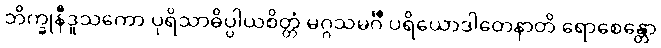
ဘိက္ခုနီဒူသကော ပုရိသာဓိပ္ပါယစိတ္တံ မဂ္ဂသမင်္ဂီ ပရိယောဒါတေနာတိ ရောစေန္တော